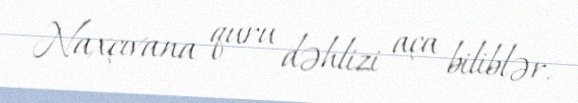
Naxçıvana quru dəhlizi aça biliblər.